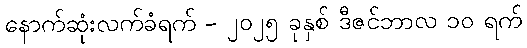
နောက်ဆုံးလက်ခံရက် - ၂၀၂၅ ခုနှစ် ဒီဇင်ဘာလ ၁၀ ရက်